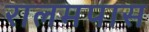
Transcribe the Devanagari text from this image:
रालमपास